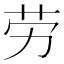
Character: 劳